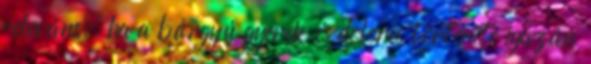
releváns, ha a bárgyú gyerek és dolores története igazán